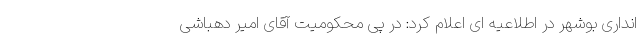
انداری بوشهر در اطلاعیه ای اعلام کرد: در پی محکومیت آقای امیر دهباشی